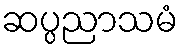
ဆပ္ပညာသမံ